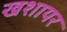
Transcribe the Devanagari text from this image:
खशायर